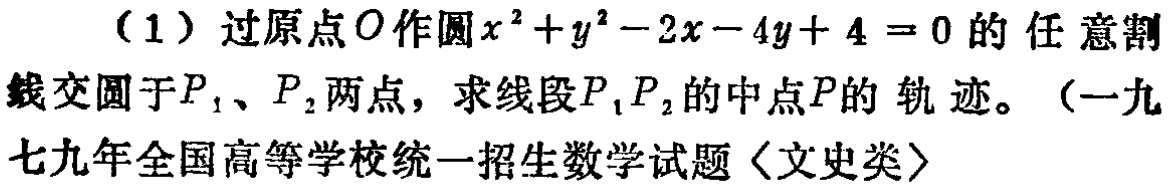
（1）过原点\(O\)作圆\(x^{2}+y^{2}-2x - 4y + 4 = 0\)的任意割线交圆于\(P_{1}\)、\(P_{2}\)两点，求线段\(P_{1}P_{2}\)的中点\(P\)的轨迹。（一九七九年全国高等学校统一招生数学试题〈文史类〉）